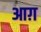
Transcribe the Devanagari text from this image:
आग़